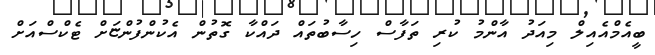
ބީއެމްއެއިލް މިއަދު އާންމު ކުރި ތަފާސް ހިސާބުތައް ދައްކާ ގޮތުން އެކުންފުންޏަށް ޓެކްސްއަށް